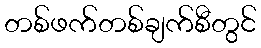
တစ်ဖက်တစ်ချက်စီတွင်